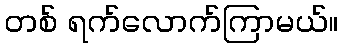
တစ် ရက်လောက်ကြာမယ်။